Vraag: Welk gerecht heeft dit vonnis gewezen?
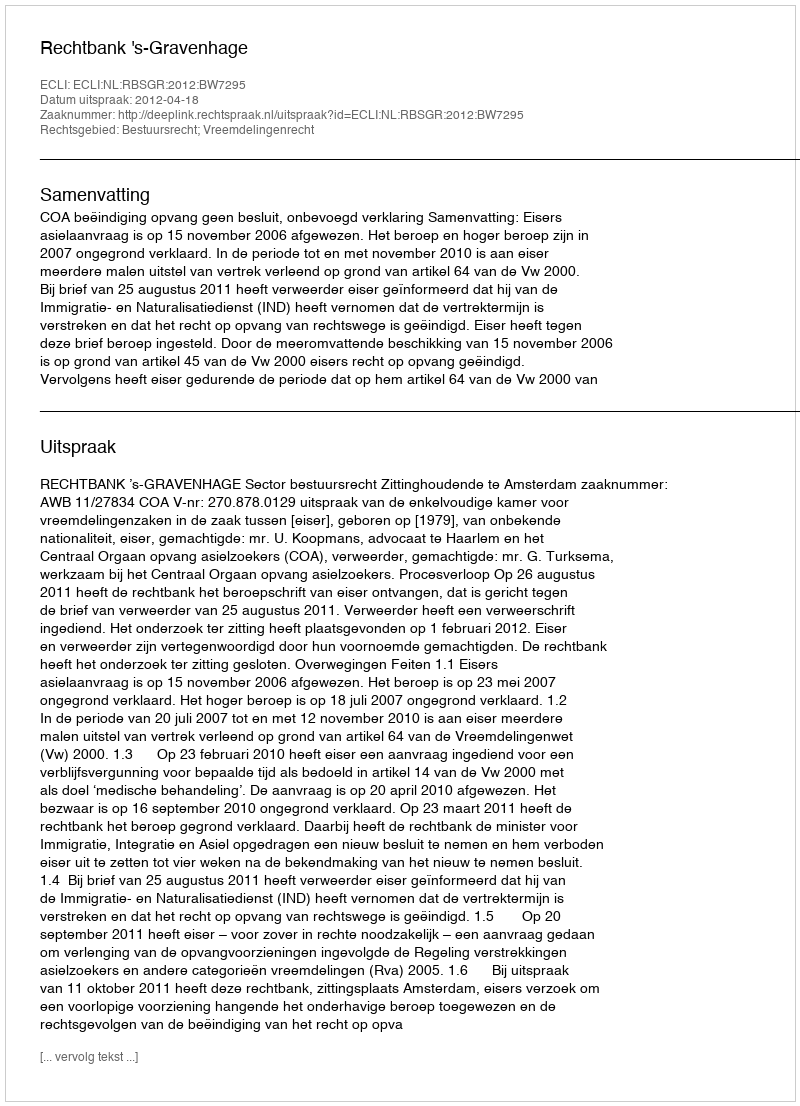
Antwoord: Rechtbank 's-Gravenhage